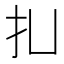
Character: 㧄